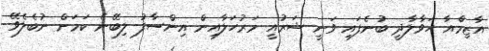
އާޒިމްއާ ހަވާލާދީ ބުނެފައި ވަނީ ޝަރުއީ މަރުހަލާއިން އިންސާފު ލިބޭނެ ކަމަށް ނުބެލެވޭ